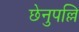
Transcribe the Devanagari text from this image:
छेनुपल्लि